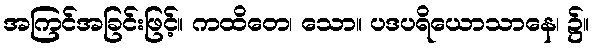
အကြင်အခြင်းဖြင့်။ ကထိတေ၊ သော။ ပဒပရိယောသာနေ၊ ၌။